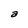
Character: a